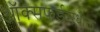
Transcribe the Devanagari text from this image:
ऑक्सफर्डमधील